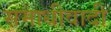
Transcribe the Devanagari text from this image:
समाधीवादी